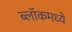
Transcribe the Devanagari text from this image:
ब्लॉकमध्‍ये